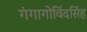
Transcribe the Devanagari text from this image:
गंगागोविंदसिंह